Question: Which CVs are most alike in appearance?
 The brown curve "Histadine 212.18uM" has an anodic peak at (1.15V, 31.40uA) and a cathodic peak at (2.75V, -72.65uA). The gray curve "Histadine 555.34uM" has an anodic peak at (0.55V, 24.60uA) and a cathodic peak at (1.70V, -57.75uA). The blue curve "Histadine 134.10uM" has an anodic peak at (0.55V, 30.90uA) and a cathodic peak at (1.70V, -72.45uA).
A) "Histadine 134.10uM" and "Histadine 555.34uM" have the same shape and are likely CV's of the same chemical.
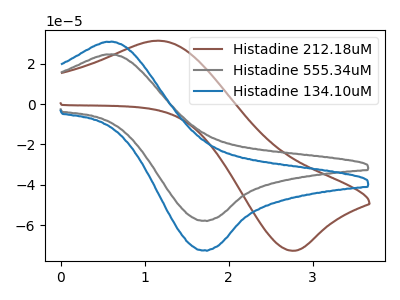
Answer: <think>"Histadine 212.18uM" and "Histadine 555.34uM" have at least one peak that do not match. "Histadine 212.18uM" and "Histadine 134.10uM" have at least one peak that do not match. All the peaks in "Histadine 555.34uM" have a peak in "Histadine 134.10uM" at the same potential. Every peak in "Histadine 555.34uM" is lower than every peak in "Histadine 134.10uM".
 </think>
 <answer>A) "Histadine 134.10uM" and "Histadine 555.34uM" have the same shape and are likely CV's of the same chemical.</answer>
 <eval>A</eval>